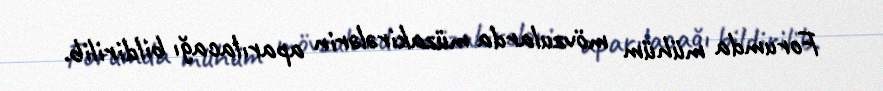
Forumda mühüm mövzularda müzakirələrin aparılacağı bildirilib.